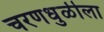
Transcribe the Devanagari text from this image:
चरणधुळीला